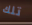
تلك